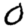
Digit: 0